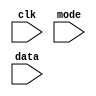
module test(clk, mode, data);
  input clk, mode, data;

  reg ntfr;

  specify
    $setuphold (posedge clk &&&  mode, data, 1, 1, ntfr); // Annotated
`ifdef NEGATIVE_TEST
    $setuphold (negedge clk &&& !mode, data, 1, 1, ntfr); // Not annotated
`endif
  endspecify
endmodule